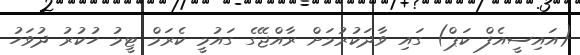
(އައިސީއެފް ކަޕް) ގައި ވާދަކުރުމަށް ރާއްޖޭގެ ގައުމީ ކެރަމް ޓީމު ހުކުރު ދުވަހު